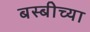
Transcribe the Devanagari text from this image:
बस्बीच्या